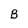
Character: B